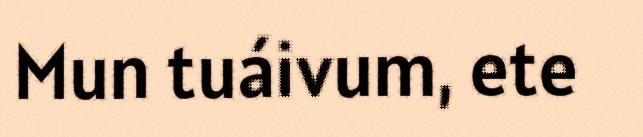
Mun tuáivum, ete